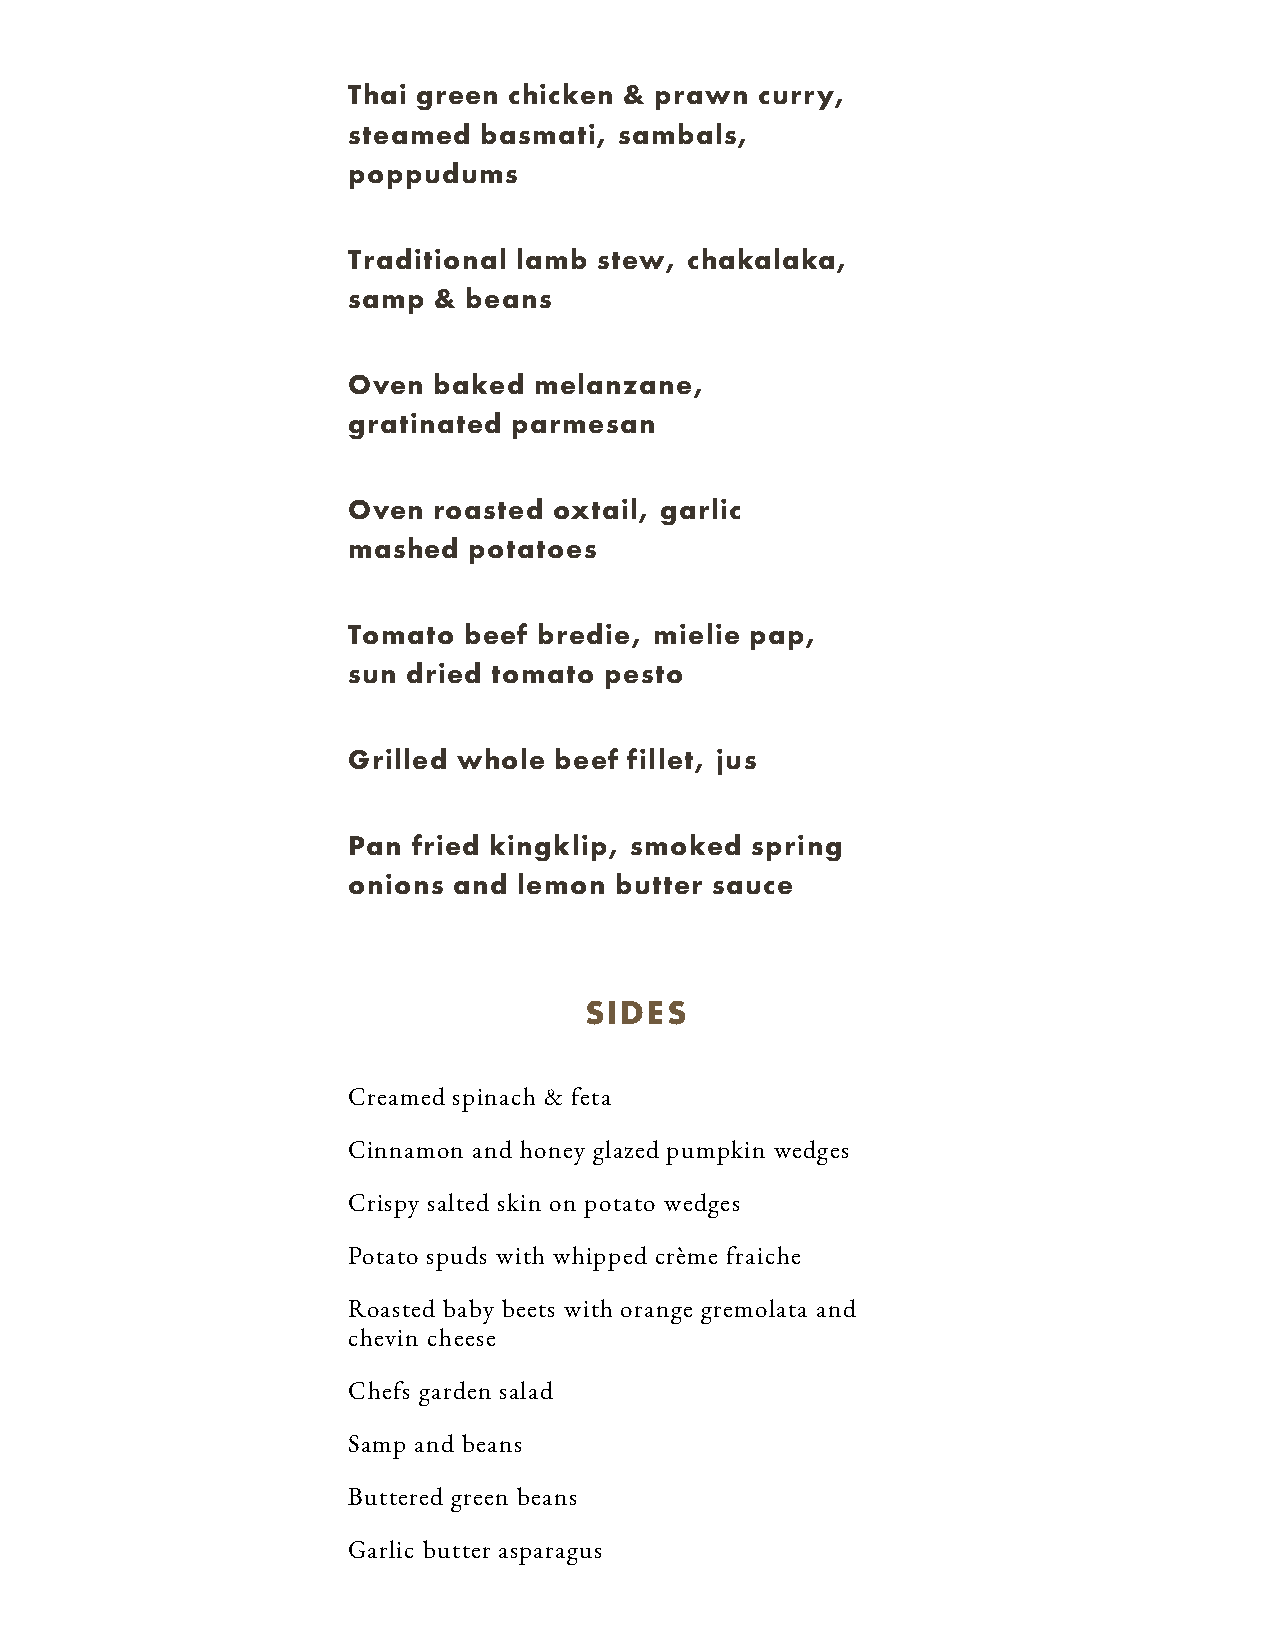
Thai green chicken & prawn curry,
 steamed  basmati, sambals,
 poppudums
 Traditional lamb stew, chakalaka,
 samp  & beans
 Oven  baked melanzane,
 gratinated parmesan
 Oven  roasted oxtail, garlic
 mashed  potatoes
 Tomato  beef bredie, mielie pap,
 sun dried tomato pesto
 Grilled whole beef fillet, jus
 Pan fried kingklip, smoked spring
 onions and lemon  butter sauce
 SIDES
 Creamed spinach & feta
 Cinnamon and honey glazed pumpkin wedges
 Crispy salted skin on potato wedges
 Potato spuds with whipped crème fraiche
 Roasted baby beets with orange gremolata and
 chevin cheese
 Chefs garden salad
 Samp and beans
 Buttered green beans
 Garlic butter asparagus